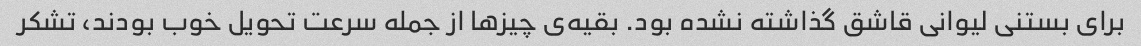
برای بستنی لیوانی قاشق گذاشته نشده بود. بقیه‌ی چیزها از جمله سرعت تحویل خوب بودند، تشکر